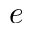
e